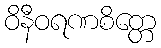
ဝိနီဝရဏစိတ္တေ